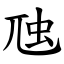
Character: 虺